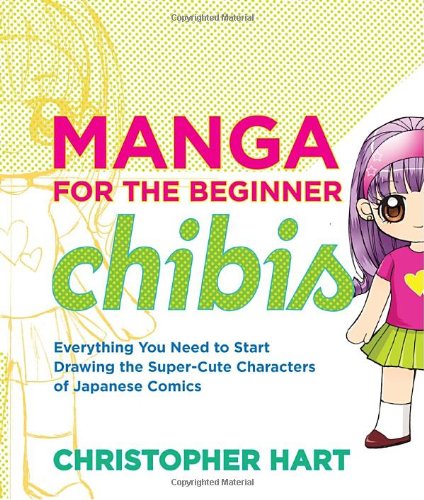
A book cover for Manga for the Beginner Chibis: Everything You Need to Start Drawing the Super-Cute Characters of Japanese Comics; Christopher Hart; Comics & Graphic Novels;